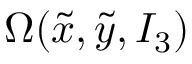
\Omega ( \tilde { x } , \tilde { y } , I _ { 3 } )